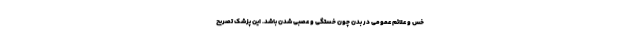
خس و علائم عمومی در بدن چون خستگی و عصبی شدن باشد. این پزشک تصریح